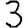
Digit: 3